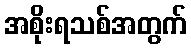
အစိုးရသစ်အတွက်